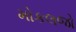
મોકલજો